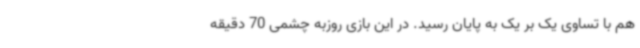
هم با تساوی یک بر یک به پایان رسید. در این بازی روزبه چشمی 70 دقیقه